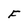
Character: F